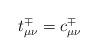
LaTeX: \begin{align*}t_{\mu \nu }^{\mp }=c_{\mu \nu }^{\mp } \end{align*}